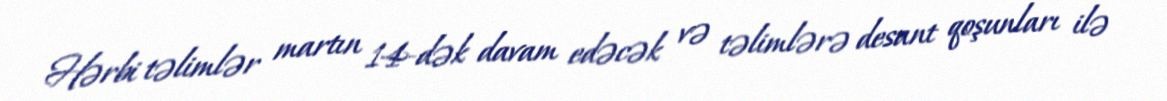
Hərbi təlimlər martın 14-dək davam edəcək və təlimlərə desant qoşunları ilə